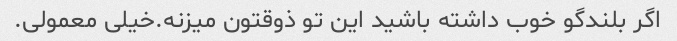
اگر بلندگو خوب داشته باشید این تو ذوقتون میزنه.خیلی معمولی.